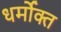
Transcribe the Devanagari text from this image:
धर्मोक्त